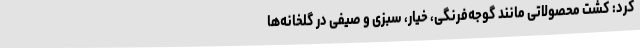
کرد: کشت محصولاتی مانند گوجه‌فرنگی، خیار، سبزی و صیفی در گلخانه‌ها